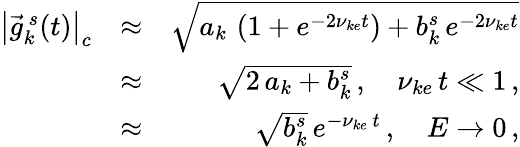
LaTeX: \begin{array}{rlr}{\left|\vec{g}_{k}^{\, s}(t)\right|_{c}}&{\approx}&{\sqrt{a_{k}\, \left(1+e^{-2\nu_{ke}t}\right)+b_{k}^{s}\, e^{-2\nu_{ke}t}}}\\ &{\approx}&{\sqrt{2\, a_{k}+b_{k}^{s}}\, ,\quad\nu_{ke}\, t\ll 1\, ,}\\ &{\approx}&{\sqrt{b_{k}^{s}}\, e^{-\nu_{ke}\, t}\, ,\quad E\rightarrow 0\, ,}\end{array}